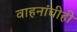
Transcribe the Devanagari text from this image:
वाहनांचीही